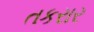
તકરાર